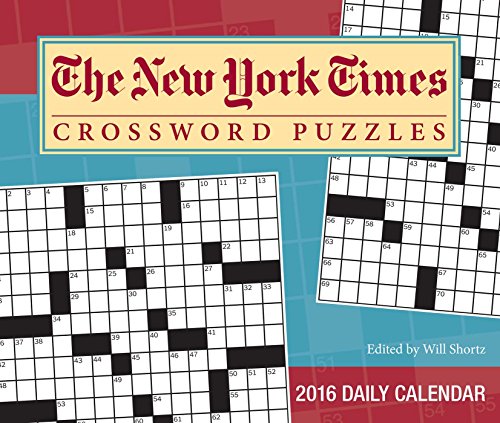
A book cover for The New York Times Crossword Puzzles 2016 Day-to-Day Calendar: Edited by Will Shortz; The New York Times; Calendars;